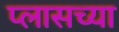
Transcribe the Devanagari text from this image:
प्लासच्या